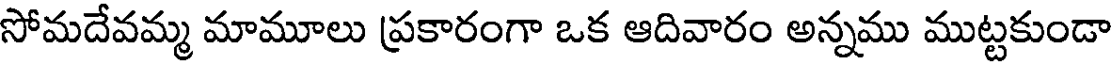
సోమదేవమ్మ మామూలు ప్రకారంగా ఒక ఆదివారం అన్నము ముట్టకుండా